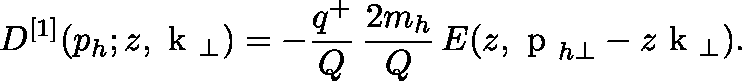
D ^ { [ 1 ] } ( p _ { h } ; z , { \mathrm { \boldmath ~ k ~ } } _ { \perp } ) = - \frac { q ^ { + } } { Q } \, \frac { 2 m _ { h } } { Q } \, E ( z , { \mathrm { \boldmath ~ p ~ } } _ { h \perp } - z { \mathrm { \boldmath ~ k ~ } } _ { \perp } ) . \qquad \qquad \qquad